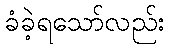
ခံခဲ့ရသော်လည်း